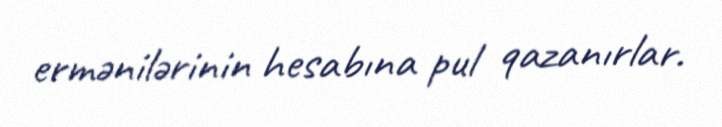
ermənilərinin hesabına pul qazanırlar.